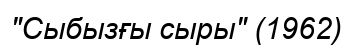
"Сыбызғы сыры" (1962)